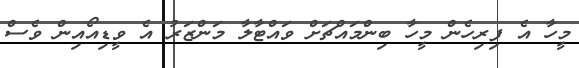
މީހާ އެ ފިރިހެން މީހާ ބިންމައްޗަށް ވައްޓާލާ މަންޒަރު އެ ވީޑިއޯއިން ވެސް